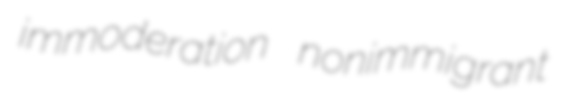
immoderation nonimmigrant